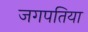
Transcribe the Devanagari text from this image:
जगपतिया